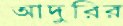
আদুরির